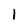
Character: 1